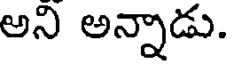
అని అన్నాడు.